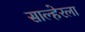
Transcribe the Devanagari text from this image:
साल्हेरला